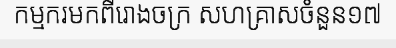
កម្មករមកពីរោងចក្រ សហគ្រាសចំនួន១៧